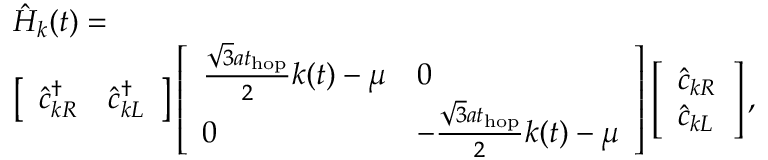
\begin{array} { r l } & { \hat { H } _ { k } ( t ) = } \\ & { \left[ \begin{array} { l l } { \hat { c } _ { k R } ^ { \dagger } } & { \hat { c } _ { k L } ^ { \dagger } } \end{array} \right] \left[ \begin{array} { l l } { \frac { \sqrt { 3 } a t _ { \mathrm { h o p } } } { 2 } k ( t ) - \mu } & { 0 } \\ { 0 } & { - \frac { \sqrt { 3 } a t _ { \mathrm { h o p } } } { 2 } k ( t ) - \mu } \end{array} \right] \left[ \begin{array} { l } { \hat { c } _ { k R } } \\ { \hat { c } _ { k L } } \end{array} \right] , } \end{array}